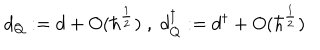
d _ { Q } : = d + O ( \hbar ^ { \frac { 1 } { 2 } } ) \; , \; d _ { Q } ^ { \dagger } : = d ^ { \dagger } + O ( \hbar ^ { \frac { 1 } { 2 } } )